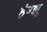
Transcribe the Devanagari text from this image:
हंग्झू